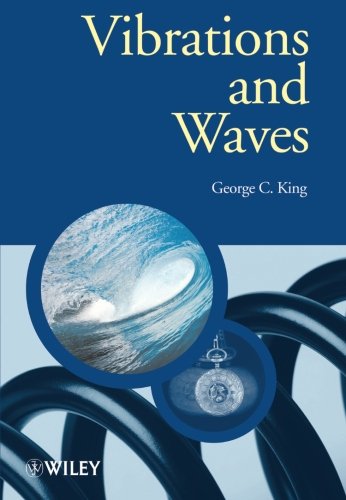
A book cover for Vibrations and Waves; George C. King; Science & Math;